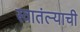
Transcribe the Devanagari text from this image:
स्वातंत्ऱ्याची